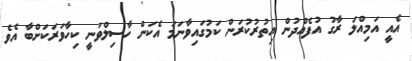
އެއީ އަމިއްލަ ރާގު އުފެއްދުން އިތުރުކުރަން ކަމުގައިވާނަމަ އެކަން ހާސިލްވަނީ ކިހާވަރަކަށްބާ އެވެ